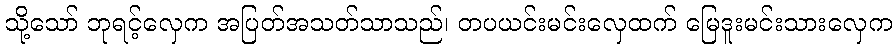
သို့သော် ဘုရင့်လှေက အပြတ်အသတ်သာသည်၊ တပယင်းမင်းလှေထက် မြေဒူးမင်းသားလှေက